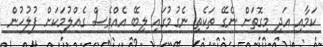
ކަމާއި އަދި މިގޮތަށް ނެގޭ ތަކެތި ނެގުމުގައި ލިބޭ އެއްވެސް ގެއްލުމަކަށް ފުލުހުން